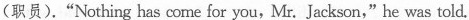
(职员).“Nothing has come for you,Mr. Jackson,"he was told.